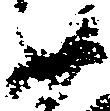
如